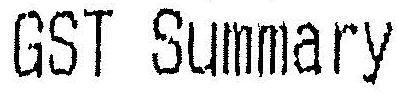
GST SUMMARY